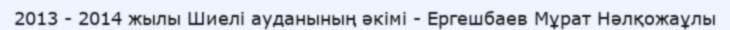
2013 - 2014 жылы Шиелі ауданының әкімі - Ергешбаев Мұрат Нәлқожаұлы